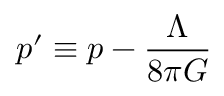
p ^ { \prime } \equiv p - { \frac { \Lambda } { 8 \pi G } }